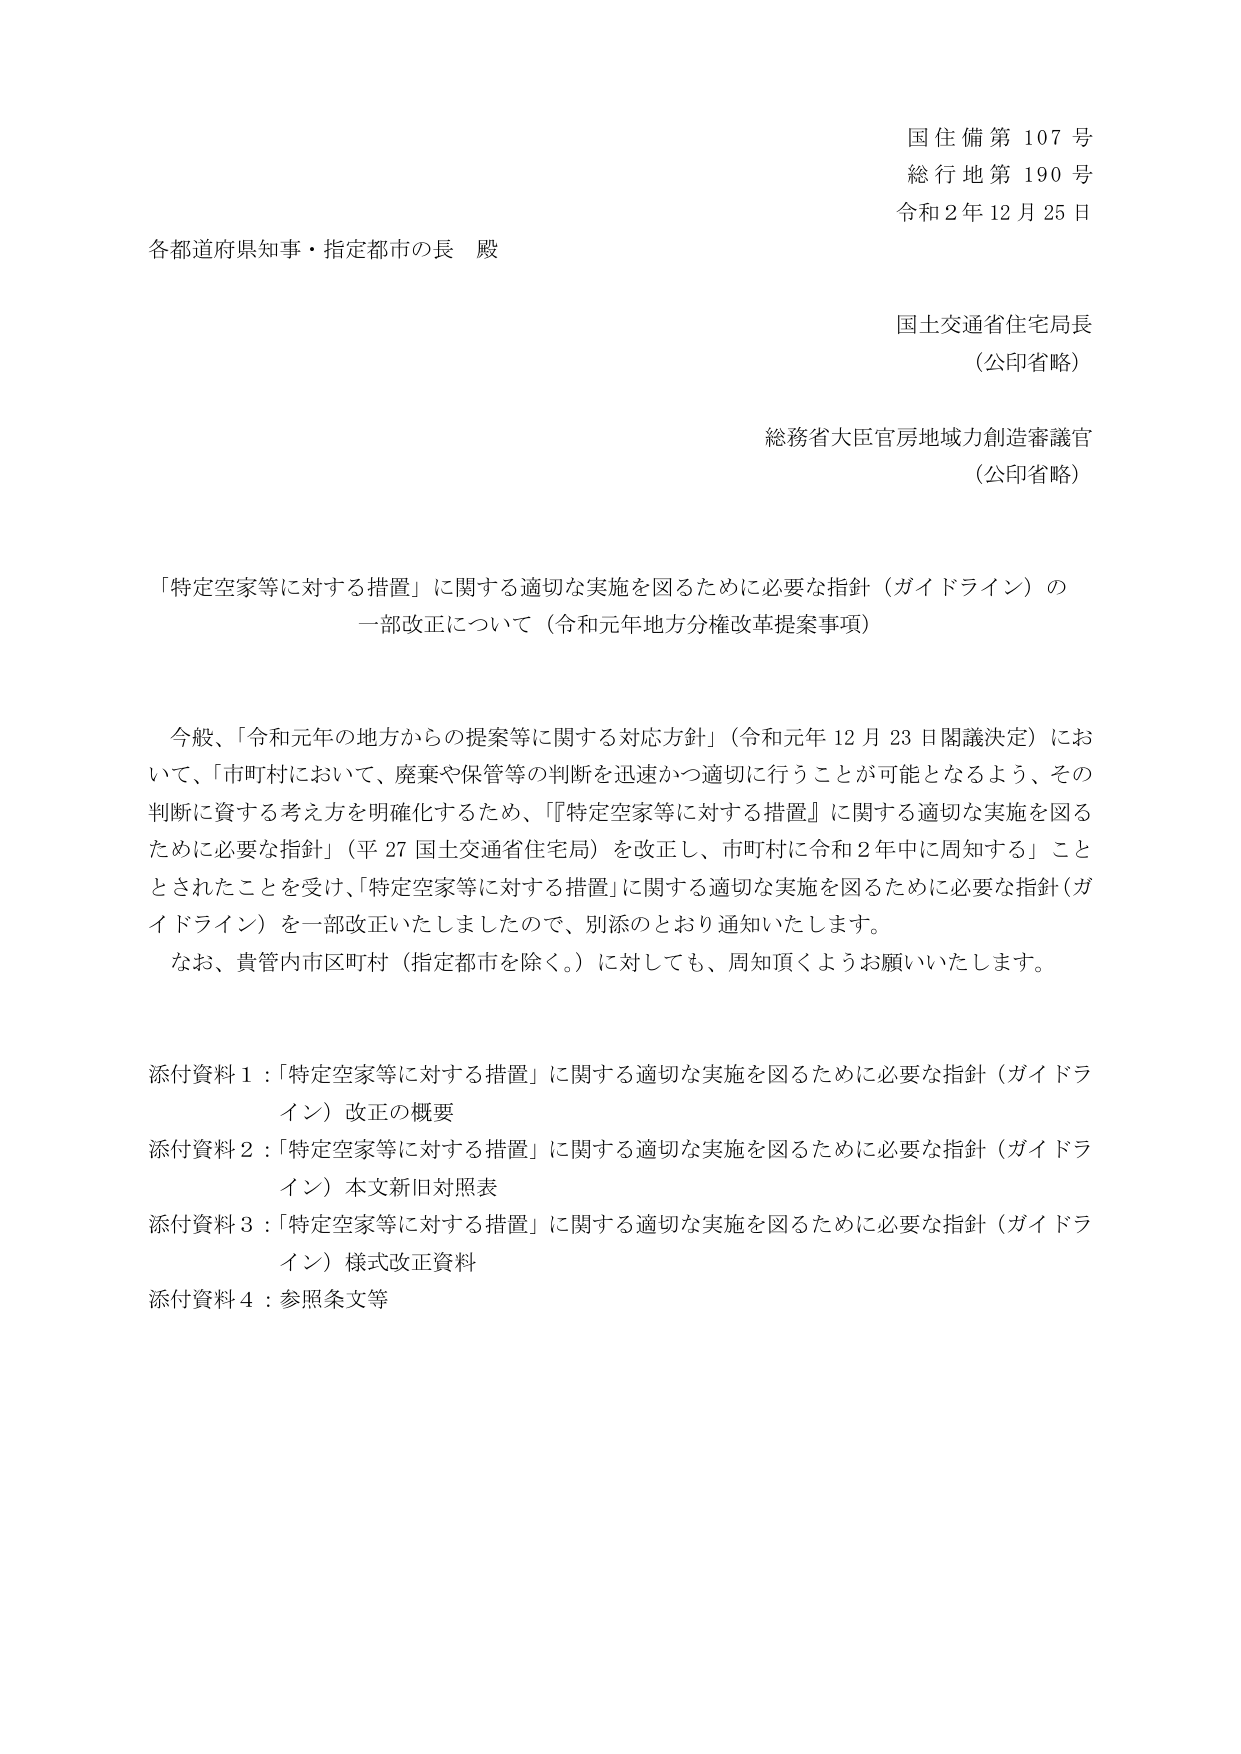
国住備第107号
総行地第190号
令和2年12月25日

各都道府県知事・指定都市の長 殿

国土交通省住宅局長
（公印省略）

総務省大臣官房地域力創造審議官
（公印省略）

「特定空家等に対する措置」に関する適切な実施を図るために必要な指針（ガイドライン）の
一部改正について（令和元年地方分権改革提案事項）

今般、「令和元年の地方からの提案等に関する対応方針」（令和元年12月23日閣議決定）にお
いて、「市町村において、廃棄や保管等の判断を迅速かつ適切に行うことが可能となるよう、その
判断に資する考え方を明確化するため、『特定空家等に対する措置』に関する適切な実施を図る
ために必要な指針」（平27 国土交通省住宅局）を改正し、市町村に令和2年中に周知する」こと
とされたことを受け、「特定空家等に対する措置」に関する適切な実施を図るために必要な指針（ガ
イドライン）を一部改正いたしましたので、別添のとおり通知いたします。
なお、貴管内市区町村（指定都市を除く。）に対しても、周知頂くようお願いいたします。

添付資料1：「特定空家等に対する措置」に関する適切な実施を図るために必要な指針（ガイドラ
イン）改正の概要
添付資料2：「特定空家等に対する措置」に関する適切な実施を図るために必要な指針（ガイドラ
イン）本文新旧対照表
添付資料3：「特定空家等に対する措置」に関する適切な実施を図るために必要な指針（ガイドラ
イン）様式改正資料
添付資料4：参照条文等